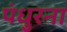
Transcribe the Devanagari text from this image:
पंधुरना